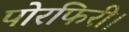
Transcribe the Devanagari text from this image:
पोरफिरी।